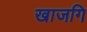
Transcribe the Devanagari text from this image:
खाजगि